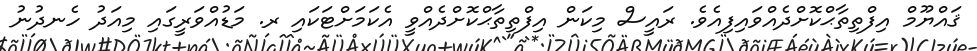
ޤައްޔޫމް އިފްތިތާޙްކޮށްދެއްވައިފިއެވެ. ރައީސް މިކަން އިފްތިތާޙްކޮށްދެއްވީ އެކަމަށްޓަކައި ރ. މަޑުއްވަރީގައި މިއަދު ހެނދުނު